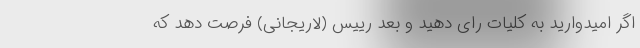
اگر امیدوارید به کلیات رای دهید و بعد رییس (لاریجانی) فرصت دهد که